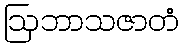
ဩဘာသဇာတံ